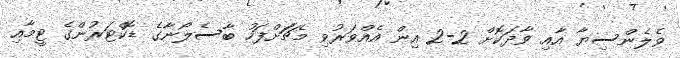
ވެލެންސިޔާ އާއި ވާދަކޮށް 2-2 އިން އެއްވަރުވި މެޗަަށްފަހު ބާސެލޯނާގެ ޑޮކްޓަރުންގެ ޓީމާއި